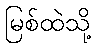
မြစ်ထဲသို့